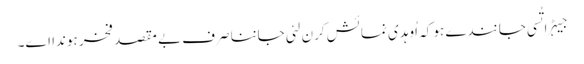
جیہڑا تُسی جانندے ہو کہ اُوہدی نمائش کرن لئی جاننا صرف بے مقصد فخر ہوندا اے۔